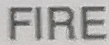
FIRE